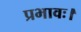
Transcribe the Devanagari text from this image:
प्रभावः।